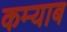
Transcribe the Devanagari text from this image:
कम्याब